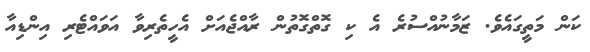
ކަން މަތީގައެވެ. ޒަމާނުއްސުރެ އެ ކި ގޮތްގޮތުން ރާއްޖެއަށް އެހީތެރިވާ އަވައްޓެރި އިންޑިއާ